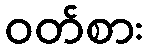
ဝတ်စား